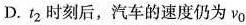
D.t_{2}时刻后，汽车的速度仍为v_{0}